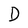
Character: D